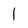
Character: 1